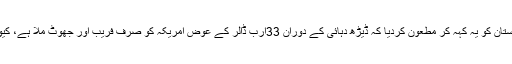
ابھی یہ معاملہ ٹھنڈا نہ ہونے پایا تھا کہ ڈونالڈ ٹرمپ نے ٹویٹ کرڈالا اور پاکستان کو یہ کہہ کر مطعون کردیا کہ ڈیڑھ دہائی کے دوران 33ارب ڈالر کے عوض امریکہ کو صرف فریب اور جھوٹ ملا ہے، کیونکہ بقول ان کے پاکستان عالمی دہشت گردوں کی محفوظ پناہ گاہ بن چکا ہے۔